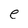
Character: e